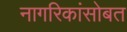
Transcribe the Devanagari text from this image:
नागरिकांसोबत